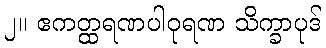
၂။ ဧကတ္ထရဏပါဝုရဏ သိက္ခာပုဒ်